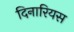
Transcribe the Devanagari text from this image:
दिनारियस